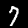
Digit: 7